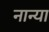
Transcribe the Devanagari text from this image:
नान्या